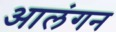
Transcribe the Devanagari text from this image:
आलंगन